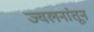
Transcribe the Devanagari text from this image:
ज्वलनांतून